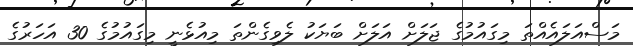
މަސްއަލައެއްތަ މިގައުމުގެ ޖަލަށް އަލަށް ބަޔަކު ލެވިގެންތަ މިއުޅެނީ މިގައުމުގެ 30 އަހަރުގެ